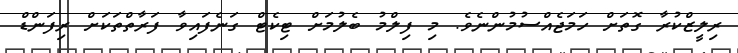
ރިލީޒްކުރާ ގޮތަށް ހަމަޖެއްސުމުންނެވެ. މި ފިލްމު ބެލުމަށް ޓިކެޓް ގަނެފައިވާ ފަރާތްތަކަށް ރިފަންޑް